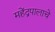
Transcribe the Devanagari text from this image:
महेंद्रपालाचे